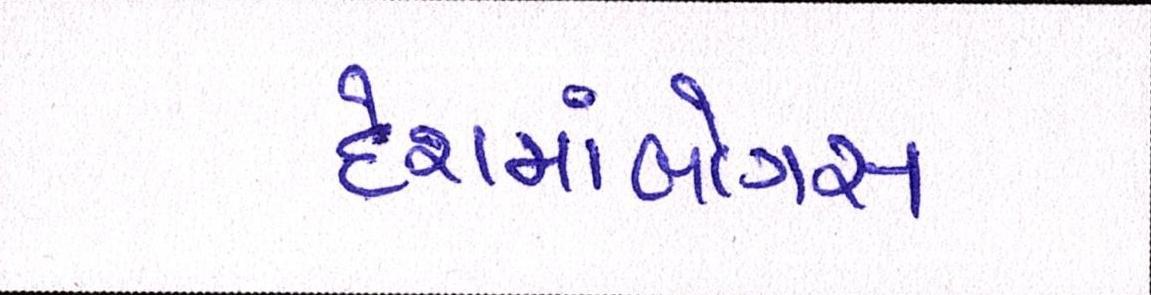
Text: દેશમાંબોગસ